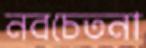
নবচেতনা